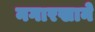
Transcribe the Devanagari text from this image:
नगारखाने